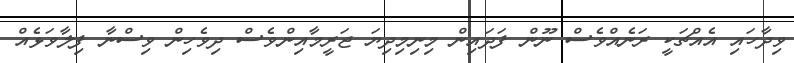
ވިދާހައި އެއްޗަކީ ރަނެއްވެސް ނޫން ފަދައިން މިނިމިދިޔަ ޖަރީމާއިންވެސް ދިވެހިން ވިސްނާ ފިލާވަޅެއް